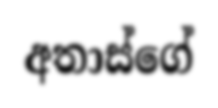
අතාස්ගේ